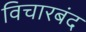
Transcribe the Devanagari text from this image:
विचारबंद